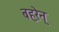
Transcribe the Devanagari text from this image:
बह़रेन्